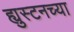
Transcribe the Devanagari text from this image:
ह्युस्टनच्या